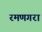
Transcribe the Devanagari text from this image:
रमणगरा